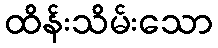
ထိန်းသိမ်းသော